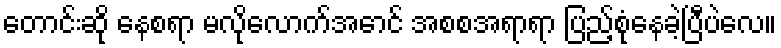
တောင်းဆို နေစရာ မလိုလောက်အောင် အစစအရာရာ ပြည့်စုံနေခဲ့ပြီပဲလေ။